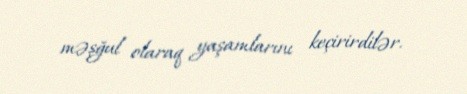
məşğul olaraq yaşamlarını keçirirdilər.